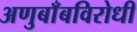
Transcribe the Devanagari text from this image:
अणुबाँबविरोधी